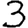
Digit: 3